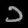
Digit: ၁